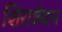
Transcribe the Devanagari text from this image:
शिराछेदन